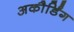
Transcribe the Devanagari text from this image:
अकौर्डिंग